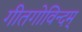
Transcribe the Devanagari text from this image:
गीतगोविन्दम्